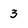
Character: 3